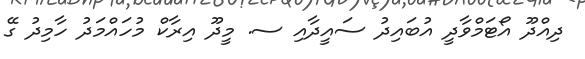
ދިއްދޫ އޯޓަމްވާދީ އުބައިދު ސައީދާއި ސ. މީދޫ އިރާކް މުހައްމަދު ހާމިދު ގޭ